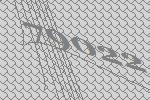
79022